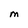
Character: M